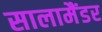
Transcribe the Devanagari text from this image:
सालामैंडर